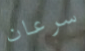
سرعان